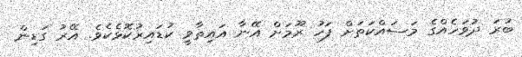
ބުރަ ދުވަހެއްގެ މަސައްކަތަށް ފަހު ރޫމަށް އޭނާ އައިތާވީ ކުޑައިރުކޮޅެކެވެ. އޭރު ގަޑިން